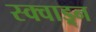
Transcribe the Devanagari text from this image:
स्क्वाड्र्न